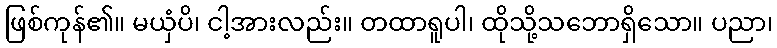
ဖြစ်ကုန်၏။ မယှံပိ၊ ငါ့အားလည်း။ တထာရူပါ၊ ထိုသို့သဘောရှိသော။ ပညာ၊